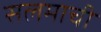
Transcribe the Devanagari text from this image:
सलमाची